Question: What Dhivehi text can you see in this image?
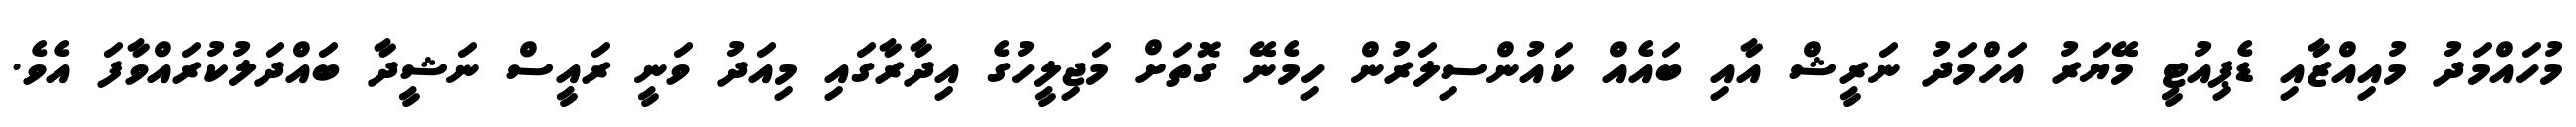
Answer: މުހައްމަދު މުއިއްޒާއި ޑެޕިއުޓީ މޭޔަރު އަހްމަދު ނަރީޝް އާއި ބައެއް ކައުންސިލަރުން ހިމެނޭ ގޮތަށް މަޖިލީހުގެ އިދާރާގައި މިއަދު ވަނީ ރައީސް ނަޝީދާ ބައްދަލުކުރައްވާފަ އެވެ.